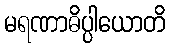
မရဏာဓိပ္ပါယောတိ